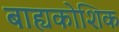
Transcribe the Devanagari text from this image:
बाह्यकोशिक